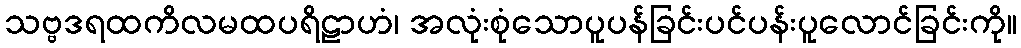
သဗ္ဗဒရထကိလမထပရိဠာဟံ၊ အလုံးစုံသောပူပန်ခြင်းပင်ပန်းပူလောင်ခြင်းကို။